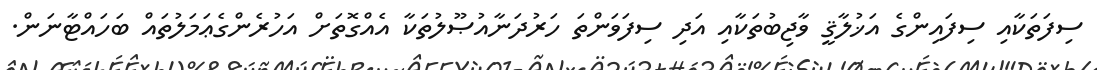
ސިފަތަކާއި ސިފައިންގެ އަޚުލާޤީ ވާޖިބުތަކާއި އަދި ސިފަވަންތަ ހަރުދަނާއުޞޫލުތަކާ އެއްގޮތަށް އަހުރެންގެޢަމަލުތައް ބަހައްޓާނަން.